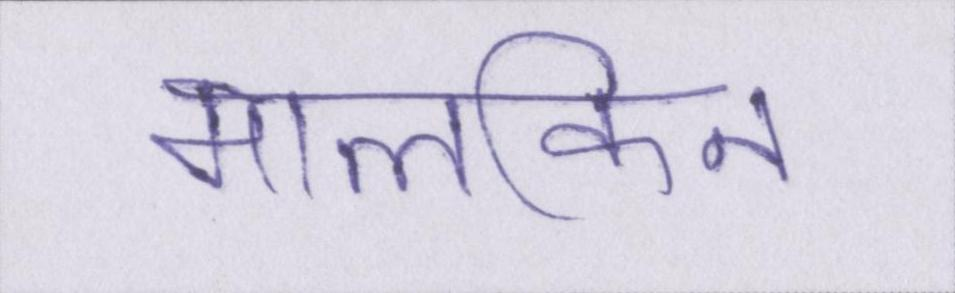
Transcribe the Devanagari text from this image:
मालकिन